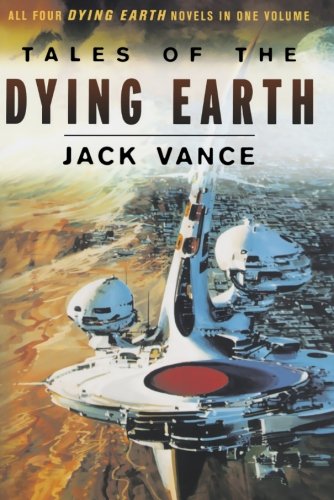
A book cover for Tales of the Dying Earth; Jack Vance; Science Fiction & Fantasy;